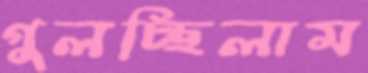
গুলচ্ছিলাম